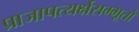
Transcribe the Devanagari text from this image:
प्राजापत्यर्क्षसम्भूतो